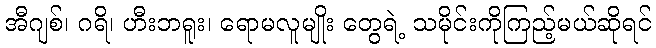
အီဂျစ်၊ ဂရိ၊ ဟီးဘရူး၊ ရောမလူမျိုး တွေရဲ့ သမိုင်းကိုကြည့်မယ်ဆိုရင်